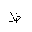
Letter: _za